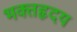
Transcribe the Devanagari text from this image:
भक्तहृदय